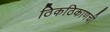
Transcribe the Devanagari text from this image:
ठिकठिकाणची